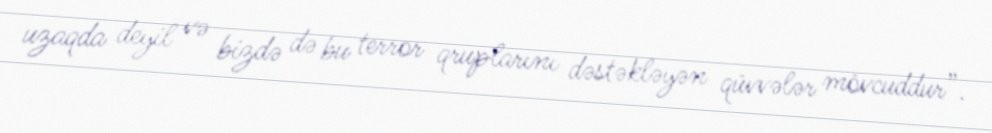
uzaqda deyil və bizdə də bu terror qruplarını dəstəkləyən qüvvələr mövcuddur”.